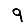
Digit: 9